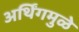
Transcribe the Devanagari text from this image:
अर्थिंगमुळे